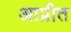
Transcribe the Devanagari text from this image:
आप्रीत